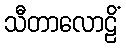
သီတာလောဠိံ